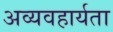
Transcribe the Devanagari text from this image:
अव्यवहार्यता